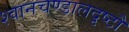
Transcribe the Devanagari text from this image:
श्वानचण्डालदृष्टौ